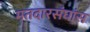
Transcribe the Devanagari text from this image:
मतदारसंघांस